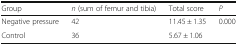
<table><thead><tr><td><b>Group</b></td><td><b><i>n</i> (sum of femur and tibia)</b></td><td><b>Total score</b></td><td><b><i>P</i></b></td></tr></thead><tbody><tr><td>Negative pressure</td><td>42</td><td>11.45 ± 1.35</td><td rowspan="2">0.000</td></tr><tr><td>Control</td><td>36</td><td>5.67 ± 1.06</td></tr></tbody></table>